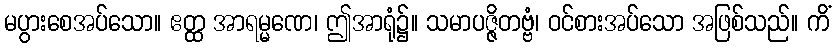
မပွားစေအပ်သော။ ဧတ္ထ အာရမ္မဏေ၊ ဤအာရုံ၌။ သမာပဇ္ဇိတဗ္ဗံ၊ ဝင်စားအပ်သော အဖြစ်သည်။ ကိံ